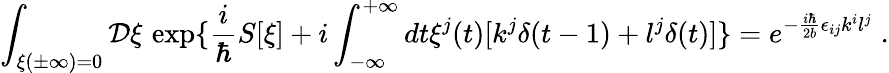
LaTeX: \int_{\xi(\pm\infty)=0}{\mathcal D}\xi\, \exp\{ \frac{i}{\hbar}S[\xi]+i\int_{-\infty}^{+\infty}dt\xi^{j}(t)[k^{j}\delta(t-1)+l^{j}\delta(t)]\} =e^{-\frac{i\hbar}{2b}\epsilon_{ij}k^{i}l^{j}}\; .